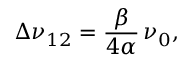
\Delta \nu _ { 1 2 } = \frac { \beta } { 4 \alpha } \, \nu _ { 0 } ,